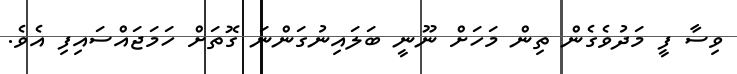
ވިސާ ފީ މަދުވެގެން ތިން މަހަށް ނޫނީ ބަލައިނުގަންނަ ގޮތަށް ހަމަޖައްސައިފި އެވެ.